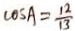
\cos A = \frac { 1 2 } { 1 3 }